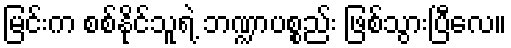
မြင်းက စစ်နိုင်သူရဲ့ ဘဏ္ဍာပစ္စည်း ဖြစ်သွားပြီလေ။